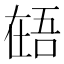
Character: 𰊎